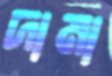
দামা